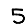
Digit: 5